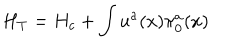
H _ { T } = H _ { c } + \int u ^ { a } ( x ) \pi _ { 0 } ^ { a } ( x )